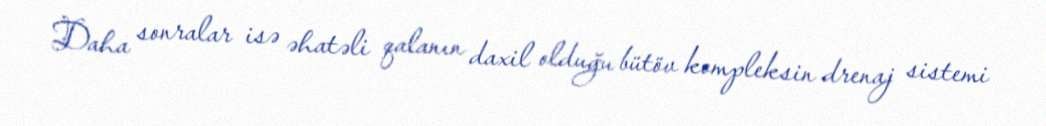
Daha sonralar isə əhatəli qalanın daxil olduğu bütöv kompleksin drenaj sistemi